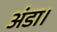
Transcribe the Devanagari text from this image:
अंडा।